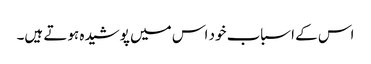
اس کے اسباب خود اس میں پوشیدہ ہوتے ہیں۔